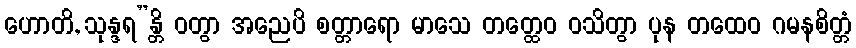
ဟောတိ, သုန္ဒရ”န္တိ ဝတွာ အညေပိ စတ္တာရော မာသေ တတ္ထေဝ ဝသိတွာ ပုန တထေဝ ဂမနစိတ္တံ